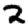
Digit: 2